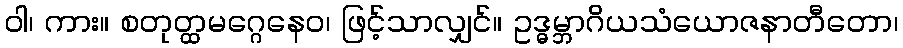
ဝါ၊ ကား။ စတုတ္ထမဂ္ဂေနေဝ၊ ဖြင့်သာလျှင်။ ဥဒ္ဓမ္ဘာဂိယသံယောဇနာတီတော၊